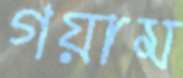
গয়াম